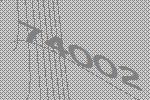
74002